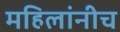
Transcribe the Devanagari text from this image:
महिलांनीच